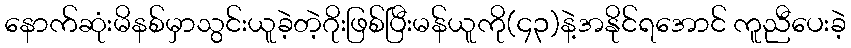
နောက်ဆုံးမိနစ်မှာသွင်းယူခဲ့တဲ့ဂိုးဖြစ်ပြီးမန်ယူကို(၄၃)နဲ့အနိုင်ရအောင် ကူညီပေးခဲ့